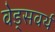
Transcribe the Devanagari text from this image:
वेड्सवर्थ